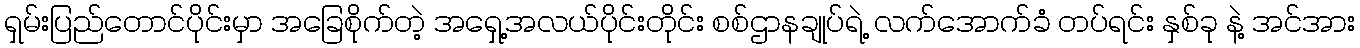
ရှမ်းပြည်တောင်ပိုင်းမှာ အခြေစိုက်တဲ့ အရှေ့အလယ်ပိုင်းတိုင်း စစ်ဌာနချုပ်ရဲ့ လက်အောက်ခံ တပ်ရင်း နှစ်ခု နဲ့ အင်အား